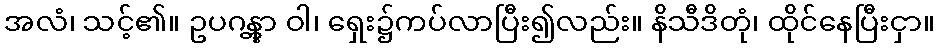
အလံ၊ သင့်၏။ ဥပဂန္တွာ ဝါ၊ ရှေး၌ကပ်လာပြီး၍လည်း။ နိသီဒိတုံ၊ ထိုင်နေပြီးငှာ။